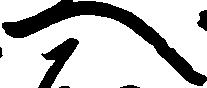
へ